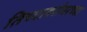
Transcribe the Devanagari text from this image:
तिच्याबरोबरच्या